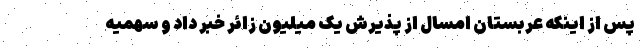
پس از اینکه عربستان امسال از پذیرش یک میلیون زائر خبر داد و سهمیه